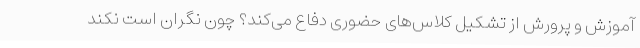
آموزش و پرورش از تشکیل کلاس‌های حضوری دفاع می‌کند؟ چون نگران است نکند